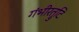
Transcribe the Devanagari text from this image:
गंभीरत्रुटि